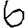
Digit: 6